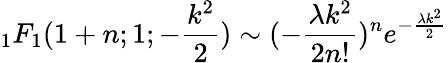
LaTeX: {_1F_{1}}(1+n;1;-\frac{k^{2}}{2})\sim(-\frac{\lambda k^{2}}{2n!})^{n}e^{-\frac{\lambda k^{2}}{2}}